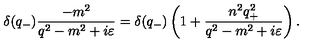
{ \delta } ( q _ { - } ) \frac { - m ^ { 2 } } { q ^ { 2 } - m ^ { 2 } + i { \varepsilon } } = { \delta } ( q _ { - } ) \left( 1 + \frac { n ^ { 2 } q _ { + } ^ { 2 } } { q ^ { 2 } - m ^ { 2 } + i { \varepsilon } } \right) .